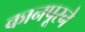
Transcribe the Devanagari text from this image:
कानपूरने